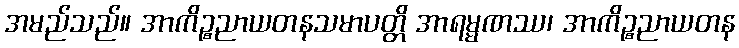
အမည်သည်။ အာကိဉ္စညာယတနသမာပတ္တိ အာရမ္မဏဿ၊ အာကိဉ္စညာယတန